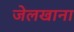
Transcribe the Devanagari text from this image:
जेलखाना